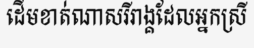
ដើមខាត់ណាសរីរាង្គដែលអ្នកស្រី